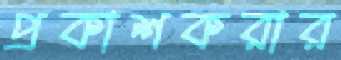
প্রকাশকরার